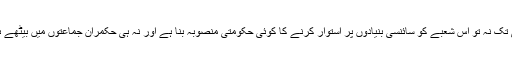
پاکستان بنیادی طور پر ایک زرعی ملک ہے مگر ابھی تک نہ تو اس شعبے کو سائنسی بنیادوں پر استوار کرنے کا کوئی حکومتی منصوبہ بنا ہے اور نہ ہی حکمران جماعتوں میں بیٹھے ہوئے جاگیرداروں نے زرعی ٹیکس لاگو ہونے دیا ہے۔